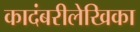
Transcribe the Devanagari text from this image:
कादंबरीलेखिका